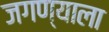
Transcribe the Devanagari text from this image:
जगण्याला